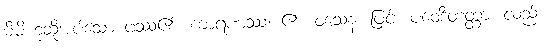
မိမိဟုဆိုအပ်သော ဖဿ၏။ ကာရဏဿ၊ ၏။ ဝသေန၊ ဖြင့်။ ပဝေဒိတတ္တာ၊ လည်း